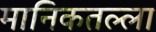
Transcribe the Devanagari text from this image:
मानिकतल्ला